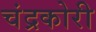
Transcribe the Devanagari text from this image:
चंद्रकोरी